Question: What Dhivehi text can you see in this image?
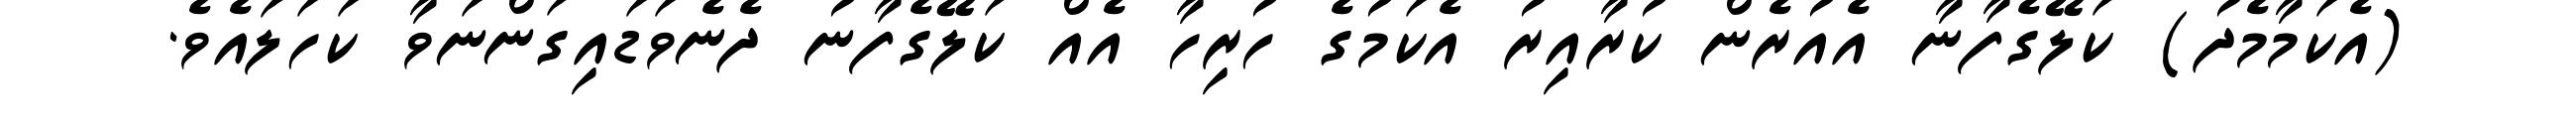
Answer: (އެކަމާމެދު) ކަލޭގެފާނާ އެއުރެން ކުރާއިރު އެކަމުގެ ހުރިހާ އެއް ކަލޭގެފާނު ދެނެވަޑައިގަންނަވާ ކަހަލައެވެ.